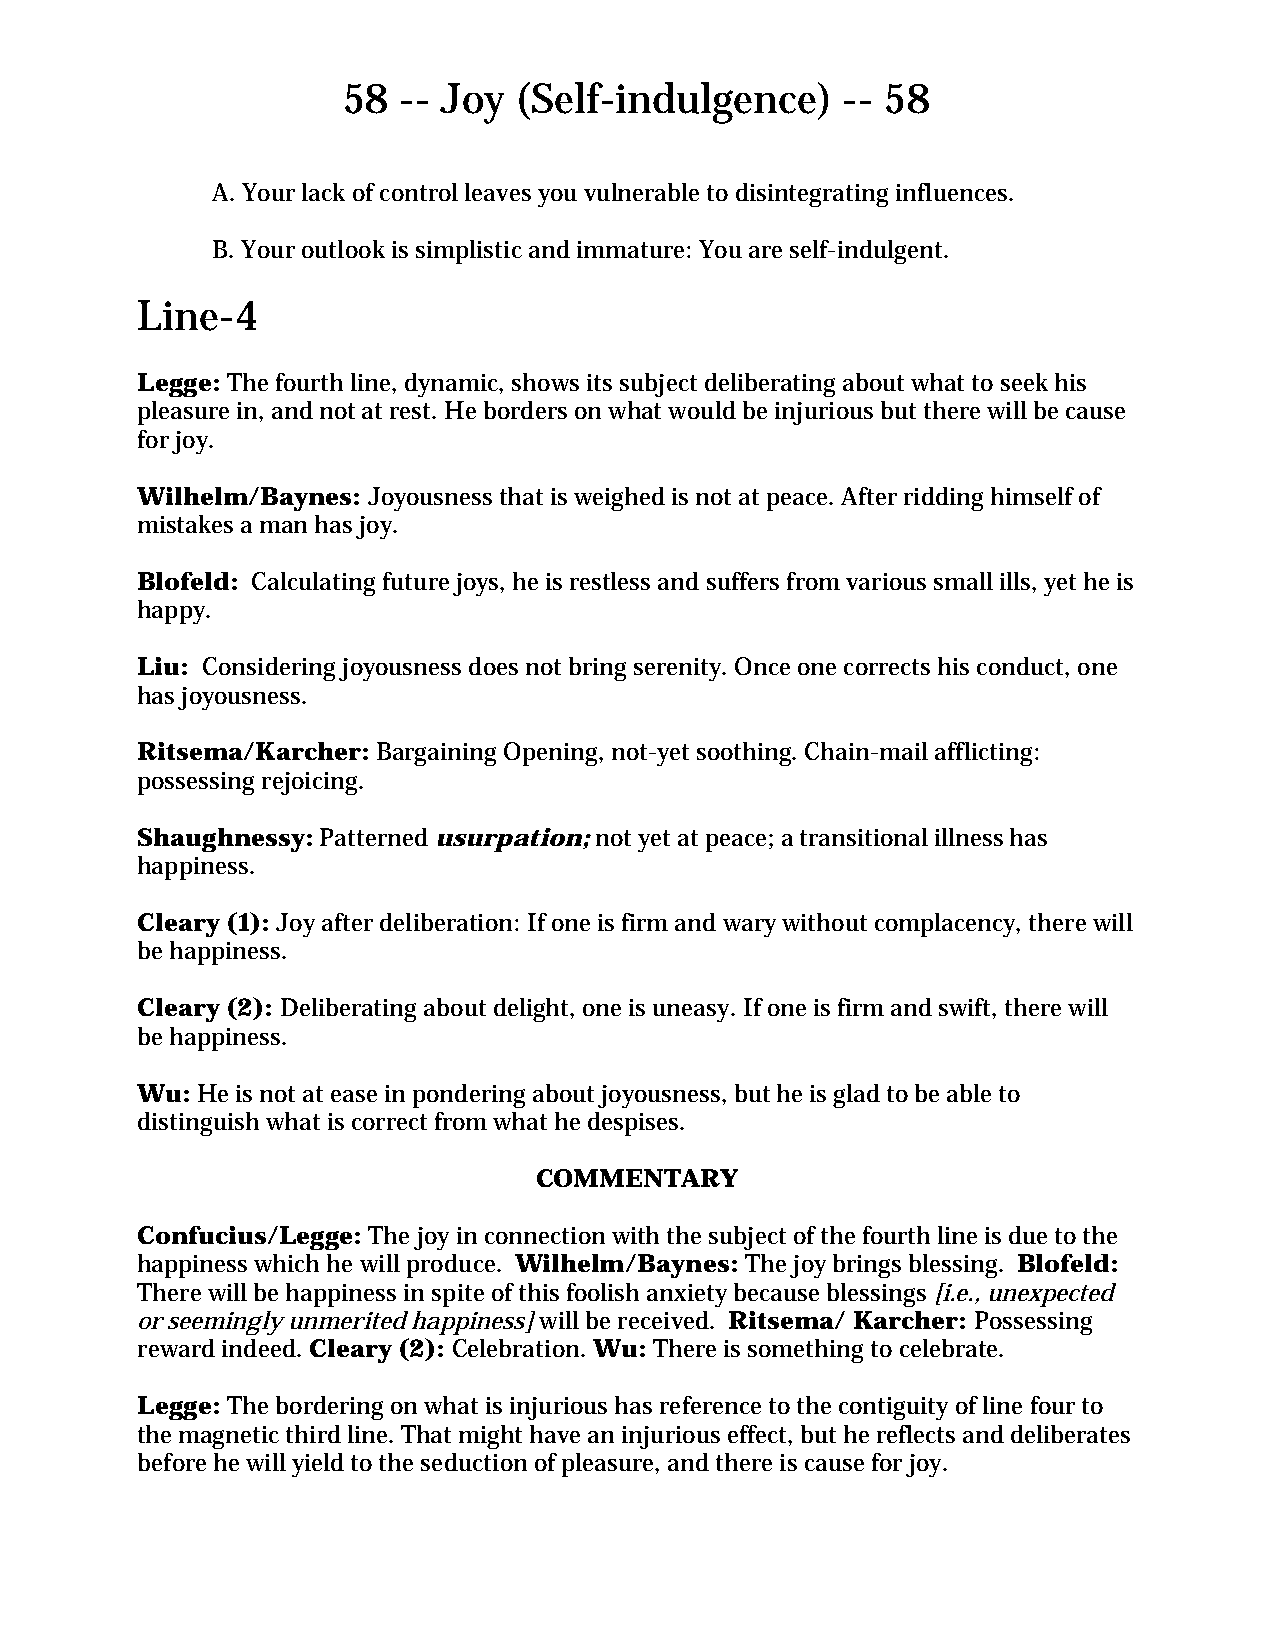
58 -- Joy  (Self-indulgence)     -- 58
 A. Your lack of control leaves you vulnerable to disintegrating influences.
 B. Your outlook is simplistic and immature: You are self-indulgent.
 Line-4
 Legge: The fourth line, dynamic, shows its subject deliberating about what to seek his
 pleasure in, and not at rest. He borders on what would be injurious but there will be cause
 for joy.
 Wilhelm/Baynes: Joyousness that is weighed is not at peace. After ridding himself of
 mistakes a man has joy.
 Blofeld: Calculating future joys, he is restless and suffers from various small ills, yet he is
 happy.
 Liu: Considering joyousness does not bring serenity. Once one corrects his conduct, one
 has joyousness.
 Ritsema/Karcher: Bargaining Opening, not-yet soothing. Chain-mail afflicting:
 possessing rejoicing.
 Shaughnessy: Patterned usurpation; not yet at peace; a transitional illness has
 happiness.
 Cleary (1): Joy after deliberation: If one is firm and wary without complacency, there will
 be happiness.
 Cleary (2): Deliberating about delight, one is uneasy. If one is firm and swift, there will
 be happiness.
 Wu: He is not at ease in pondering about joyousness, but he is glad to be able to
 distinguish what is correct from what he despises.
 COMMENTARY
 Confucius/Legge: The joy in connection with the subject of the fourth line is due to the
 happiness which he will produce. Wilhelm/Baynes: The joy brings blessing. Blofeld:
 There will be happiness in spite of this foolish anxiety because blessings [i.e., unexpected
 or seemingly unmerited happiness] will be received. Ritsema/ Karcher: Possessing
 reward indeed. Cleary (2): Celebration. Wu: There is something to celebrate.
 Legge: The bordering on what is injurious has reference to the contiguity of line four to
 the magnetic third line. That might have an injurious effect, but he reflects and deliberates
 before he will yield to the seduction of pleasure, and there is cause for joy.